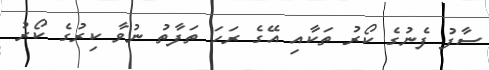
ސާފު ފެނުގެ ކޯރު ތަކާއި އޭގެ ރަހަ ތަފާތު ނުވާ ކިރުގެ ކޯރު